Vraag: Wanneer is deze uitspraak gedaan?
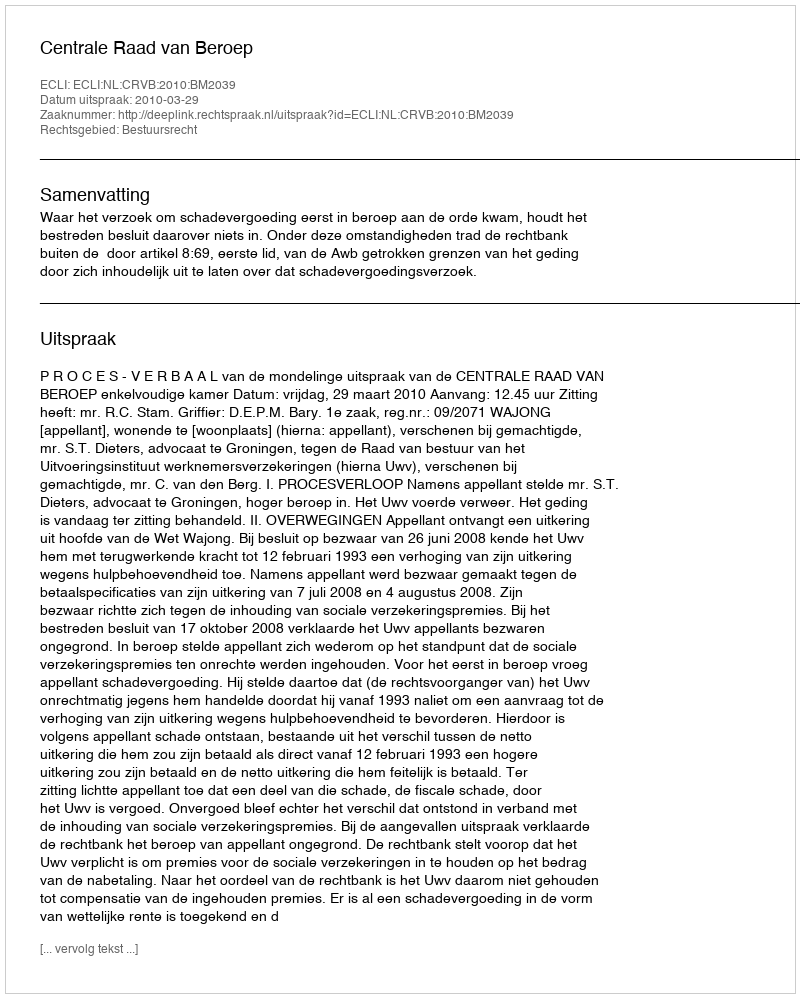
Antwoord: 2010-03-29